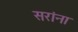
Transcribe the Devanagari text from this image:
सरांना